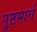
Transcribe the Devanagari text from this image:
पुष्टमार्ग